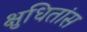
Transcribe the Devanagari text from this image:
क्षुधितांस